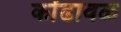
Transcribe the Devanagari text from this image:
कोंढावळ